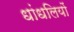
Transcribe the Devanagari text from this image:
धांधलियों